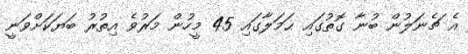
އެ ޗެނަލުން ބުނާ ގޮތުގައި ޙަމަލާގައި 45 މީހުން މަރުވެ އިތުރު ބަޔަކަށްވަނީ